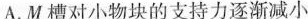
A.M 槽对小物块的支持力逐渐减小